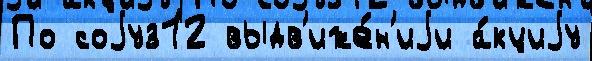
По соjуз12 выдв'иже́н'иjи а́кциjу